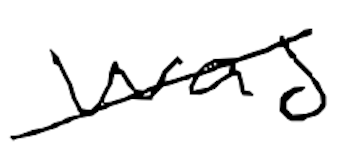
Text: was
Cross-out: diagonal
Writing tool: digital_black